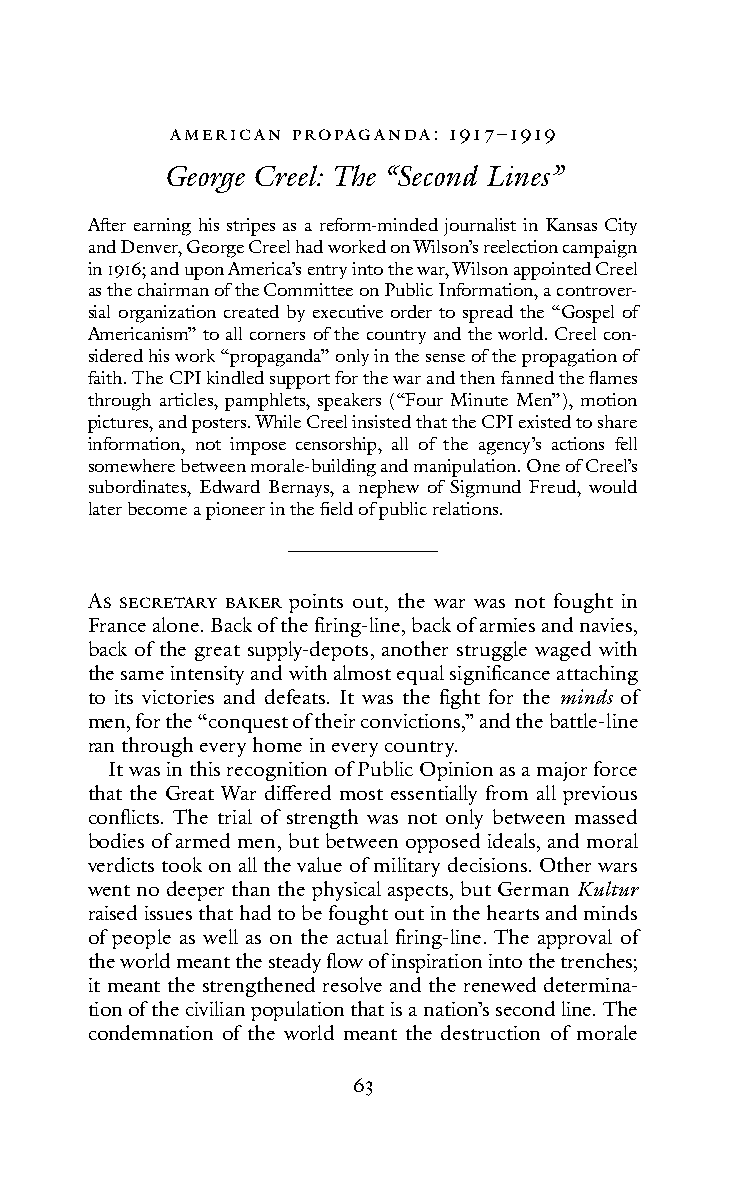
AMeRIc An PRoPAGA ndA: 1917–1919
 George Creel: The “Second Lines”
 After earning his stripes as a reform-minded journalist in Kansas City
 and Denver, George Creel had worked on Wilson’s reelection campaign
 in 1916; and upon America’s entry into the war, Wilson appointed Creel
 as the chairman of the Committee on Public Information, a controver-
 sial organization created by executive order to spread the “Gospel of
 Americanism” to all corners of the country and the world. Creel con-
 sidered his work “propaganda” only in the sense of the propagation of
 faith. The CPI kindled support for the war and then fanned the flames
 through articles, pamphlets, speakers (“Four Minute Men”), motion
 pictures, and posters. While Creel insisted that the CPI existed to share
 information, not impose censorship, all of the agency’s actions fell
 somewhere between morale-building and manipulation. One of Creel’s
 subordinates, Edward Bernays, a nephew of Sigmund Freud, would
 later become a pioneer in the field of public relations.
 As secRetARY BAKeR points out, the war was not fought in
 France alone. Back of the firing-line, back of armies and navies,
 back of the great supply-depots, another struggle waged with
 the same intensity and with almost equal significance attaching
 to its victories and defeats. It was the fight for the minds of
 men, for the “conquest of their convictions,” and the battle-line
 ran through every home in every country.
 It was in this recognition of Public Opinion as a major force
 that the Great War differed most essentially from all previous
 conflicts. The trial of strength was not only between massed
 bodies of armed men, but between opposed ideals, and moral
 verdicts took on all the value of military decisions. Other wars
 went no deeper than the physical aspects, but German Kultur
 raised issues that had to be fought out in the hearts and minds
 of people as well as on the actual firing-line. The approval of
 the world meant the steady flow of inspiration into the trenches;
 it meant the strengthened resolve and the renewed determina-
 tion of the civilian population that is a nation’s second line. The
 condemnation of the world meant the destruction of morale
 63